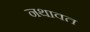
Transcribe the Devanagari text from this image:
नथावत